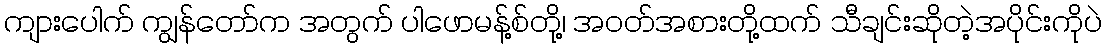
ကျားပေါက် ကျွန်တော်က အတွက် ပါဖောမန့်စ်တို့၊ အဝတ်အစားတို့ထက် သီချင်းဆိုတဲ့အပိုင်းကိုပဲ